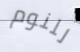
للنوم